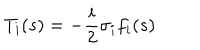
T _ { i } ( s ) = - \frac { i } { 2 } \sigma _ { i } f _ { i } ( s )